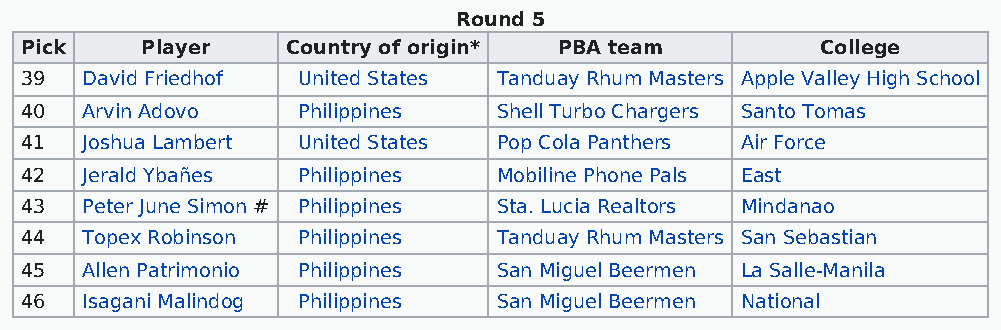
Round 5
 Pick    Player    Country of origin* PBA team        College
 39  David Friedhof United States Tanduay Rhum Masters Apple Valley High School
 40  Arvin Adovo    Philippines  Shell Turbo Chargers Santo Tomas
 41  Joshua Lambert United States Pop Cola Panthers Air Force
 42  Jerald Ybañes  Philippines  Mobiline Phone Pals East
 43  Peter June Simon # Philippines Sta. Lucia Realtors Mindanao
 44  Topex Robinson Philippines  Tanduay Rhum Masters San Sebastian
 45  Allen Patrimonio Philippines San Miguel Beermen La Salle-Manila
 46  Isagani Malindog Philippines San Miguel Beermen National